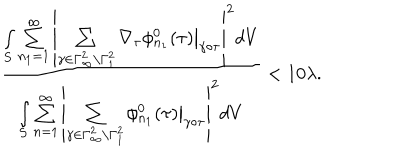
\frac { \int _ { S } \sum _ { n _ { 1 } = 1 } ^ { \infty } \left| \sum _ { \gamma \in \Gamma _ { \infty } ^ { 2 } \backslash \Gamma _ { 1 } ^ { 2 } } \nabla _ { \tau } \phi _ { n _ { 1 } } ^ { 0 } ( \tau ) \big | _ { \gamma \circ \tau } \right| ^ { 2 } d V } { \int _ { S } \sum _ { n = 1 } ^ { \infty } \left| \sum _ { \gamma \in \Gamma _ { \infty } ^ { 2 } \backslash \Gamma _ { 1 } ^ { 2 } } \phi _ { n _ { 1 } } ^ { 0 } ( \tau ) \big | _ { \gamma \circ \tau } \right| ^ { 2 } d V } < 1 0 \lambda .